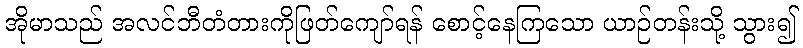
အိုမာသည် အလင်ဘီတံတားကိုဖြတ်ကျော်ရန် စောင့်နေကြသော ယာဉ်တန်းသို့ သွား၍